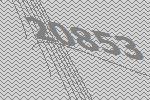
20853